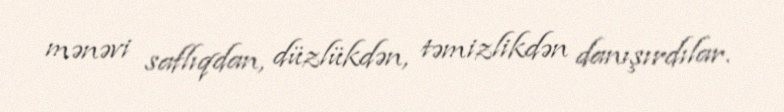
mənəvi saflıqdan, düzlükdən, təmizlikdən danışırdılar.